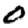
Digit: 0